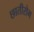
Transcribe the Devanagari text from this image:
छातीरोग